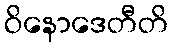
ဝိနောဒေတီတိ